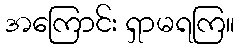
အကြောင်း ရှာမရကြ။